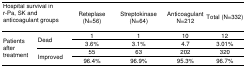
<table><thead><tr><td colspan="2"><b>Hospital survival in r-Pa, SK and anticoagulant groups</b></td><td><b>Reteplase (N=56)</b></td><td><b>Streptokinase (N=64)</b></td><td><b>Anticoagulant N=212</b></td><td><b>Total (N=332)</b></td></tr></thead><tbody><tr><td rowspan="6">Patients after treatment</td><td rowspan="3">Dead</td><td>1</td><td>1</td><td>10</td><td>12</td></tr><tr><td>3.6%</td><td>3.1%</td><td>4.7</td><td>3.01%</td></tr><tr><td rowspan="2">Improved</td><td>55</td><td>63</td><td>202</td><td>320</td></tr><tr><td>96.4%</td><td>96.9%</td><td>95.3%</td><td>96.7%</td></tr></tbody></table>